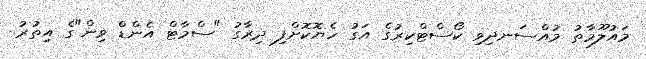
މައުލޫމާތު މުއްސަނދިވި ކޯސްޓްކިރުގެ އަގު ހެޔޮކޮށްފި ދިރާގު "ސްމާޓް އެންޑް ވިން"ގެ އިތުރު